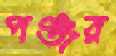
পঞ্জর